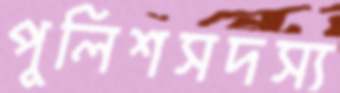
পুলিশসদস্য